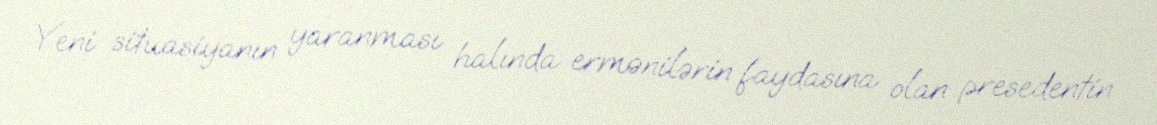
Yeni situasiyanın yaranması halında ermənilərin faydasına olan presedentin